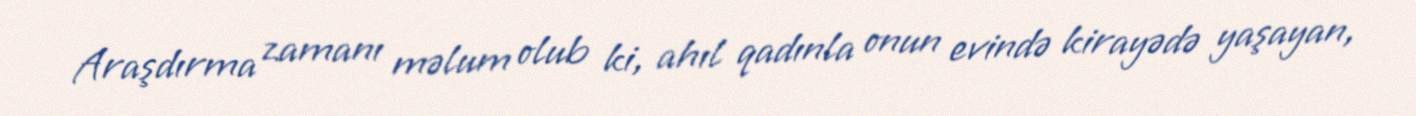
Araşdırma zamanı məlum olub ki, ahıl qadınla onun evində kirayədə yaşayan,